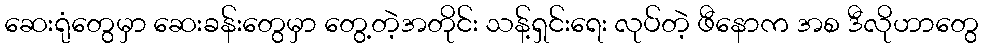
ဆေးရုံတွေမှာ ဆေးခန်းတွေမှာ တွေ့တဲ့အတိုင်း သန့်ရှင်းရေး လုပ်တဲ့ ဖီနောက အစ ဒီလိုဟာတွေ